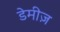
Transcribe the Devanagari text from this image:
डेमीज़